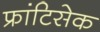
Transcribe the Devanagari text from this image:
फ्रांटिसेक